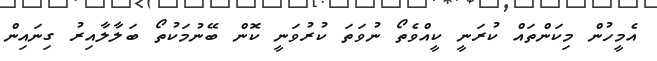
އެމީހުން މިކަންތައް ކުރަނީ ކީއްވެތޯ ނުވަތަ ކުރުވަނީ ކޮން ބޭނުމަކުތޯ ބަލާލާއިރު ގިނައިން